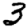
Digit: 3